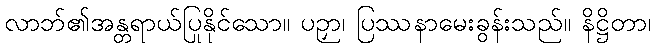
လာဘ်၏အန္တရာယ်ပြုနိုင်သော။ ပဉှာ၊ ပြဿနာမေးခွန်းသည်။ နိဋ္ဌိတာ၊